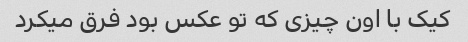
کیک با اون چیزی که تو عکس بود فرق میکرد